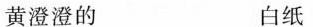
黄澄澄的 白纸